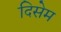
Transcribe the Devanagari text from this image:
दिसेम